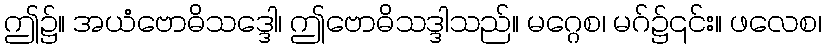
ဤ၌။ အယံဗောဓိသဒ္ဒေါ၊ ဤဗောဓိသဒ္ဒါသည်။ မဂ္ဂေစ၊ မဂ်၌၎င်း။ ဖလေစ၊